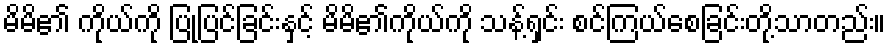
မိမိ၏ ကိုယ်ကို ပြုပြင်ခြင်းနှင့် မိမိ၏ကိုယ်ကို သန့်ရှင်း စင်ကြယ်စေခြင်းတို့သာတည်း။